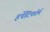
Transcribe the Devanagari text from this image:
हर्पेटिफॉर्म